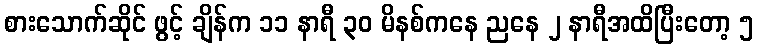
စားသောက်ဆိုင် ဖွင့် ချိန်က ၁၁ နာရီ ၃၀ မိနစ်ကနေ ညနေ ၂ နာရီအထိပြီးတော့ ၅